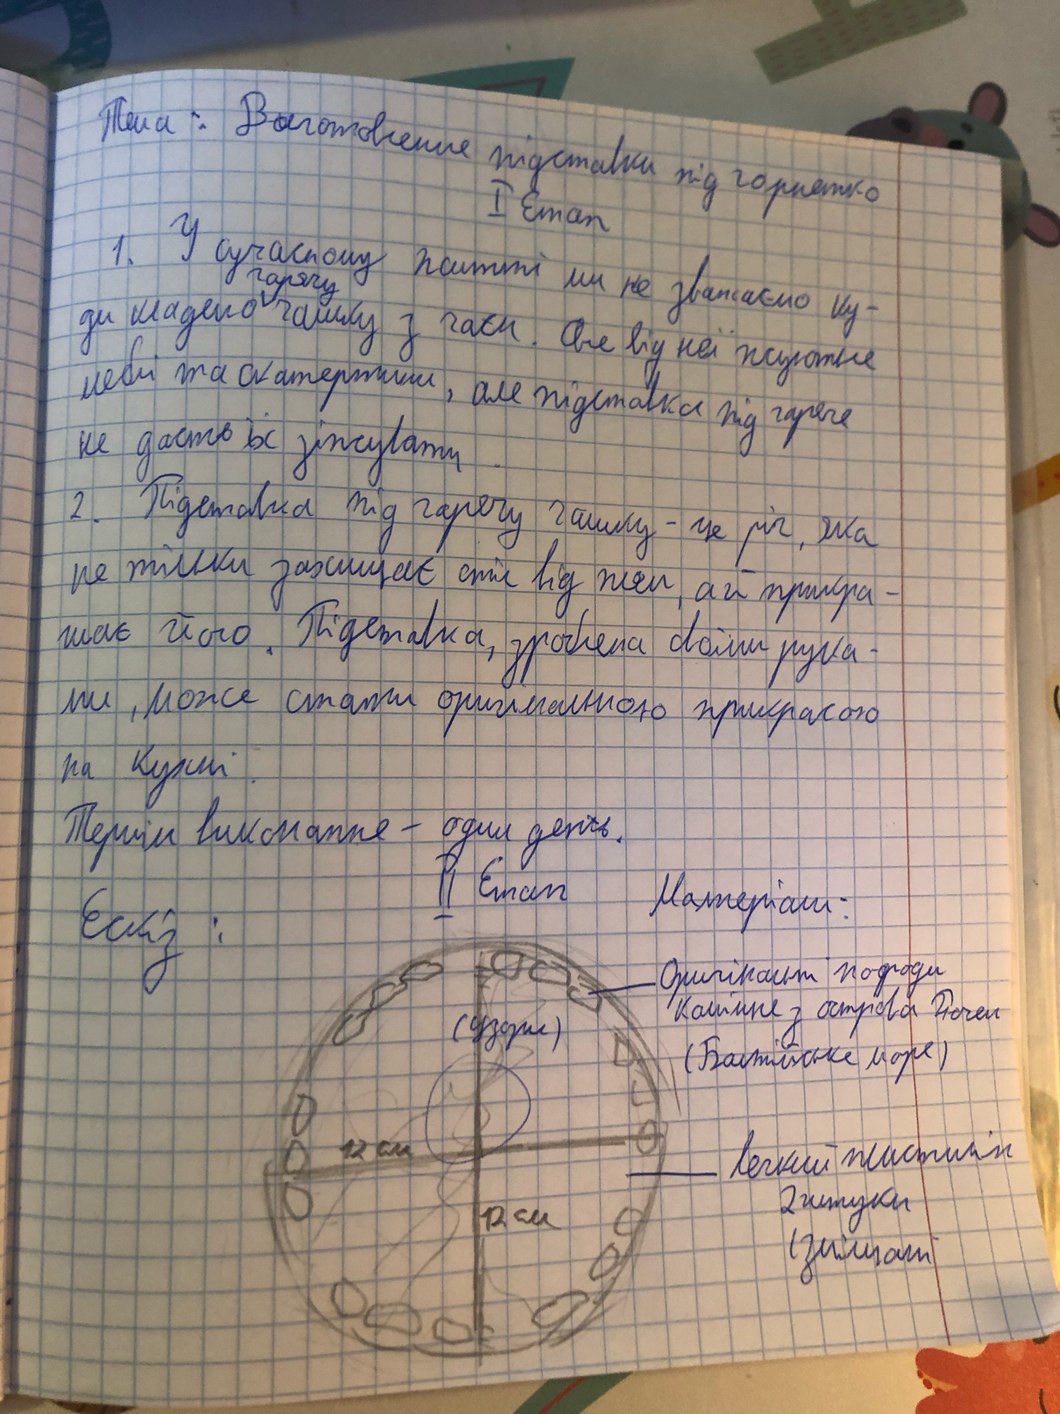
Тема: Виготовлення підставки під горнятко
I етап
1. У сучасному житті ми не зважаємо ку-
ди кладемо гарячу чашку з чаєм. Але від неї псуються
меблі та скатертини, але підставка під гаряче
не дасть їх зіпсувати.
2. Підставка під гарячу чашку - це річ, яка
не тільки захищає стіл від плям, а й прикра-
шає його. Підставка, зроблена своїми рука-
ми, може стати оригінальною прикрасою
на Кухні.
Термін виконання - один день.
II Етaп
Матеріали:
Eскіз:
Оригінальні породи
Каміння з острова Почеп
узори
(Балтійське море)
Легкий жистилін
12 см
2 штуки
12 см
(змішані